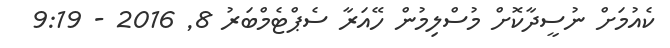
ކެއުމަށް ނުސީދާކޮށް މުސްލިމުން ހޭއަރާ ސެޕްޓެމްބަރު 8